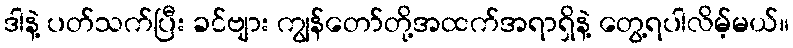
ဒါနဲ့ ပတ်သက်ပြီး ခင်ဗျား ကျွန်တော်တို့အထက်အရာရှိနဲ့ တွေ့ရပါလိမ့်မယ်။